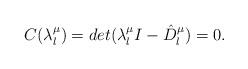
LaTeX: \begin{align*}C(\lambda^{\mu}_{l})=det(\lambda^{\mu}_{l}I-\hat{D}^{\mu}_{l})=0.\end{align*}